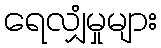
ရေလျှံမှုများ